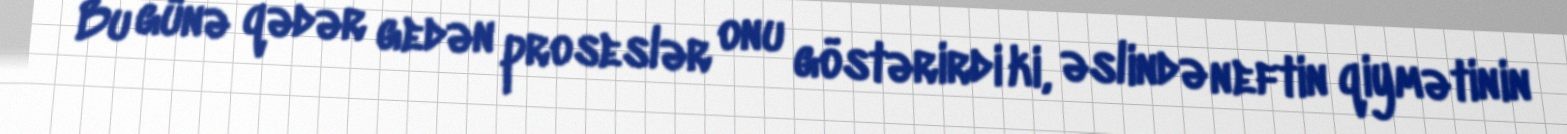
Bu günə qədər gedən proseslər onu göstərirdi ki, əslində neftin qiymətinin